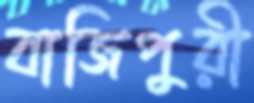
বাজিপুরী